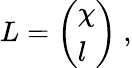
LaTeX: L={\left(\begin{array}{l}{\chi}\\ {l}\end{array}\right)}~,